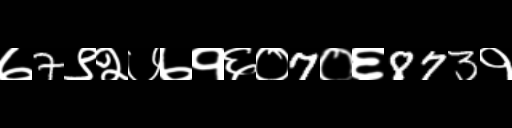
Text: ७7९२७७१६०7०६873१